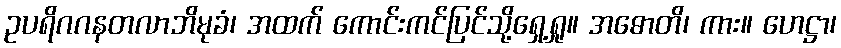
ဥပရိဂဂနတလာဘိမုခံ၊ အထက် ကောင်းကင်ပြင်သို့ရှေ့ရှု။ အဓောတိ၊ ကား။ ဟေဋ္ဌာ၊